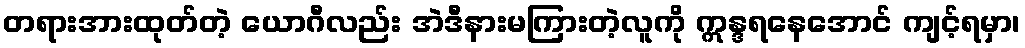
တရားအားထုတ်တဲ့ ယောဂီလည်း အဲဒီနားမကြားတဲ့လူကို ဣန္ဒရနေအောင် ကျင့်ရမှာ၊